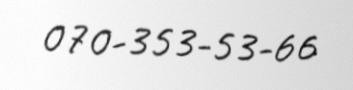
070-353-53-66